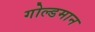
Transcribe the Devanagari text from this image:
गोल्डमान